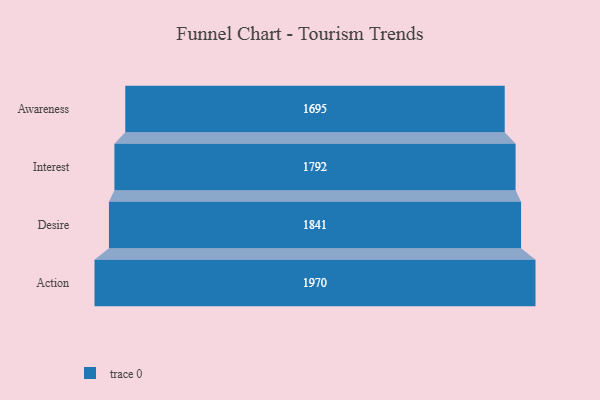
{"axis": {"x": "Stage", "y": "Value"}, "legend": [""], "data": [{"x": "Awareness", "y": 1695.0, "type": ""}, {"x": "Interest", "y": 1792.0, "type": ""}, {"x": "Desire", "y": 1841.0, "type": ""}, {"x": "Action", "y": 1970.0, "type": ""}]}